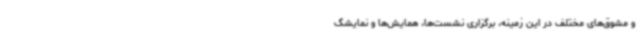
و مشوق‌های مختلف در این زمینه، برگزاری نشست‌ها، همایش‌ها و نمایشگ